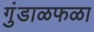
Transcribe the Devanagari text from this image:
गुंडाळफळा